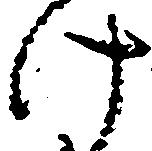
け